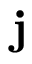
\textbf { j }